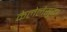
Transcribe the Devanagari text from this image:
केलेलेसुद्धा